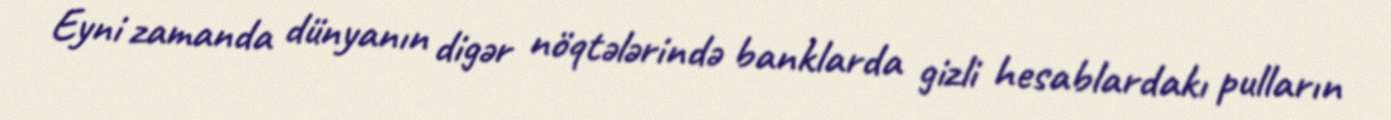
Eyni zamanda dünyanın digər nöqtələrində banklarda gizli hesablardakı pulların